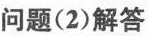
问题(2)解答